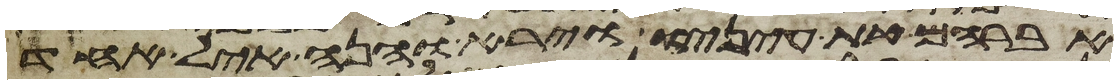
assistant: אברהם את עיניו וירא והנה איל אחד